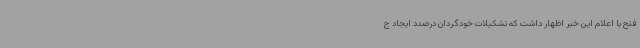
فتح با اعلام این خبر اظهار داشت که تشکیلات خودگردان درصدد ایجاد ج